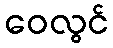
ဝေလွင်